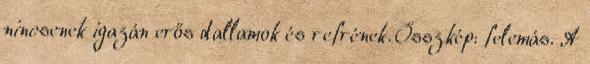
nincsenek igazán erős dallamok és refrének. Összkép: felemás. A